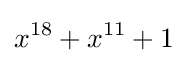
x^{18}+x^{11}+1